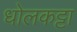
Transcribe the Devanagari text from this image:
धोलकट्टा